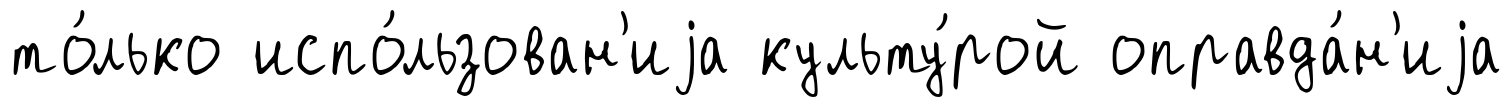
то́лько испо́льзован'иjа культу́рой оправда́н'иjа